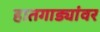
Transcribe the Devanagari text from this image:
हातगाड्यांवर